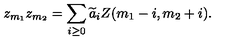
z _ { m _ { 1 } } z _ { m _ { 2 } } = \sum _ { i \ge 0 } { \widetilde a } _ { i } Z ( m _ { 1 } - i , m _ { 2 } + i ) .